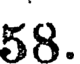
58.